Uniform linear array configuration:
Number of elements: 4
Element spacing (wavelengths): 1
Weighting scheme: hann
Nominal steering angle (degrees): -15
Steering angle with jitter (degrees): -14.116
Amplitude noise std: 0.05
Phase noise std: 0.05

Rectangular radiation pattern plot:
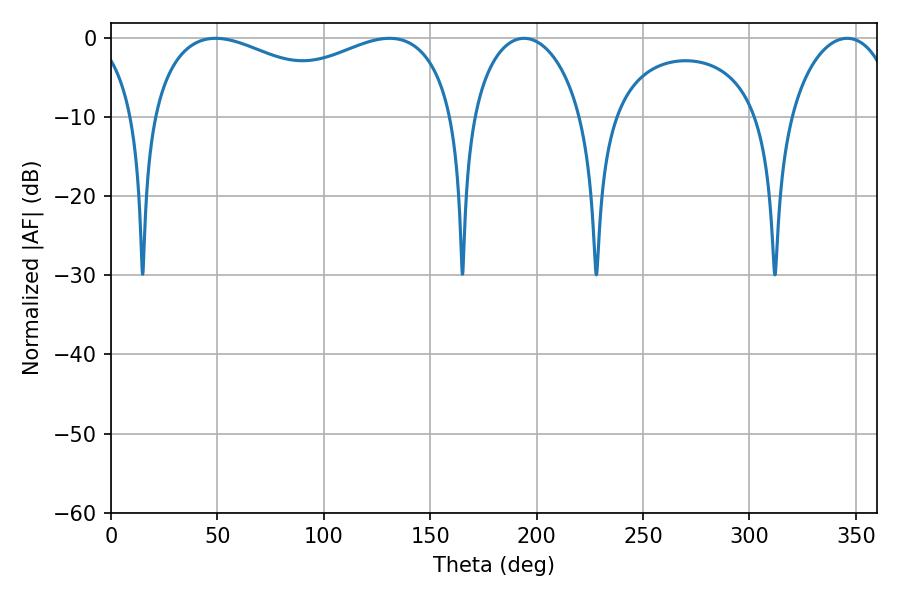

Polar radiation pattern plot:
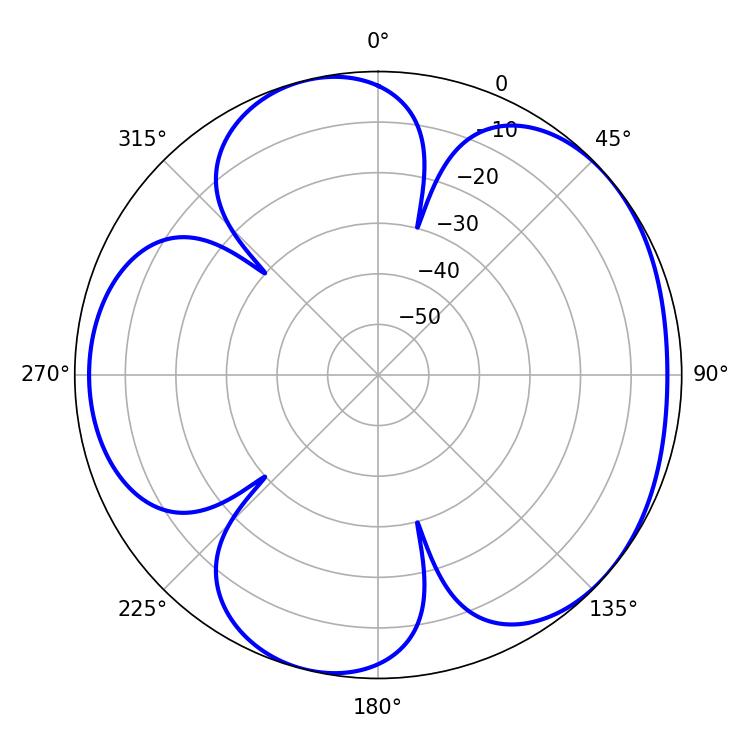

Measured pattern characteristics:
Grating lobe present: TRUE
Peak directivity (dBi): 4.776
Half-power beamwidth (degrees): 119.16
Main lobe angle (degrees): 49.14